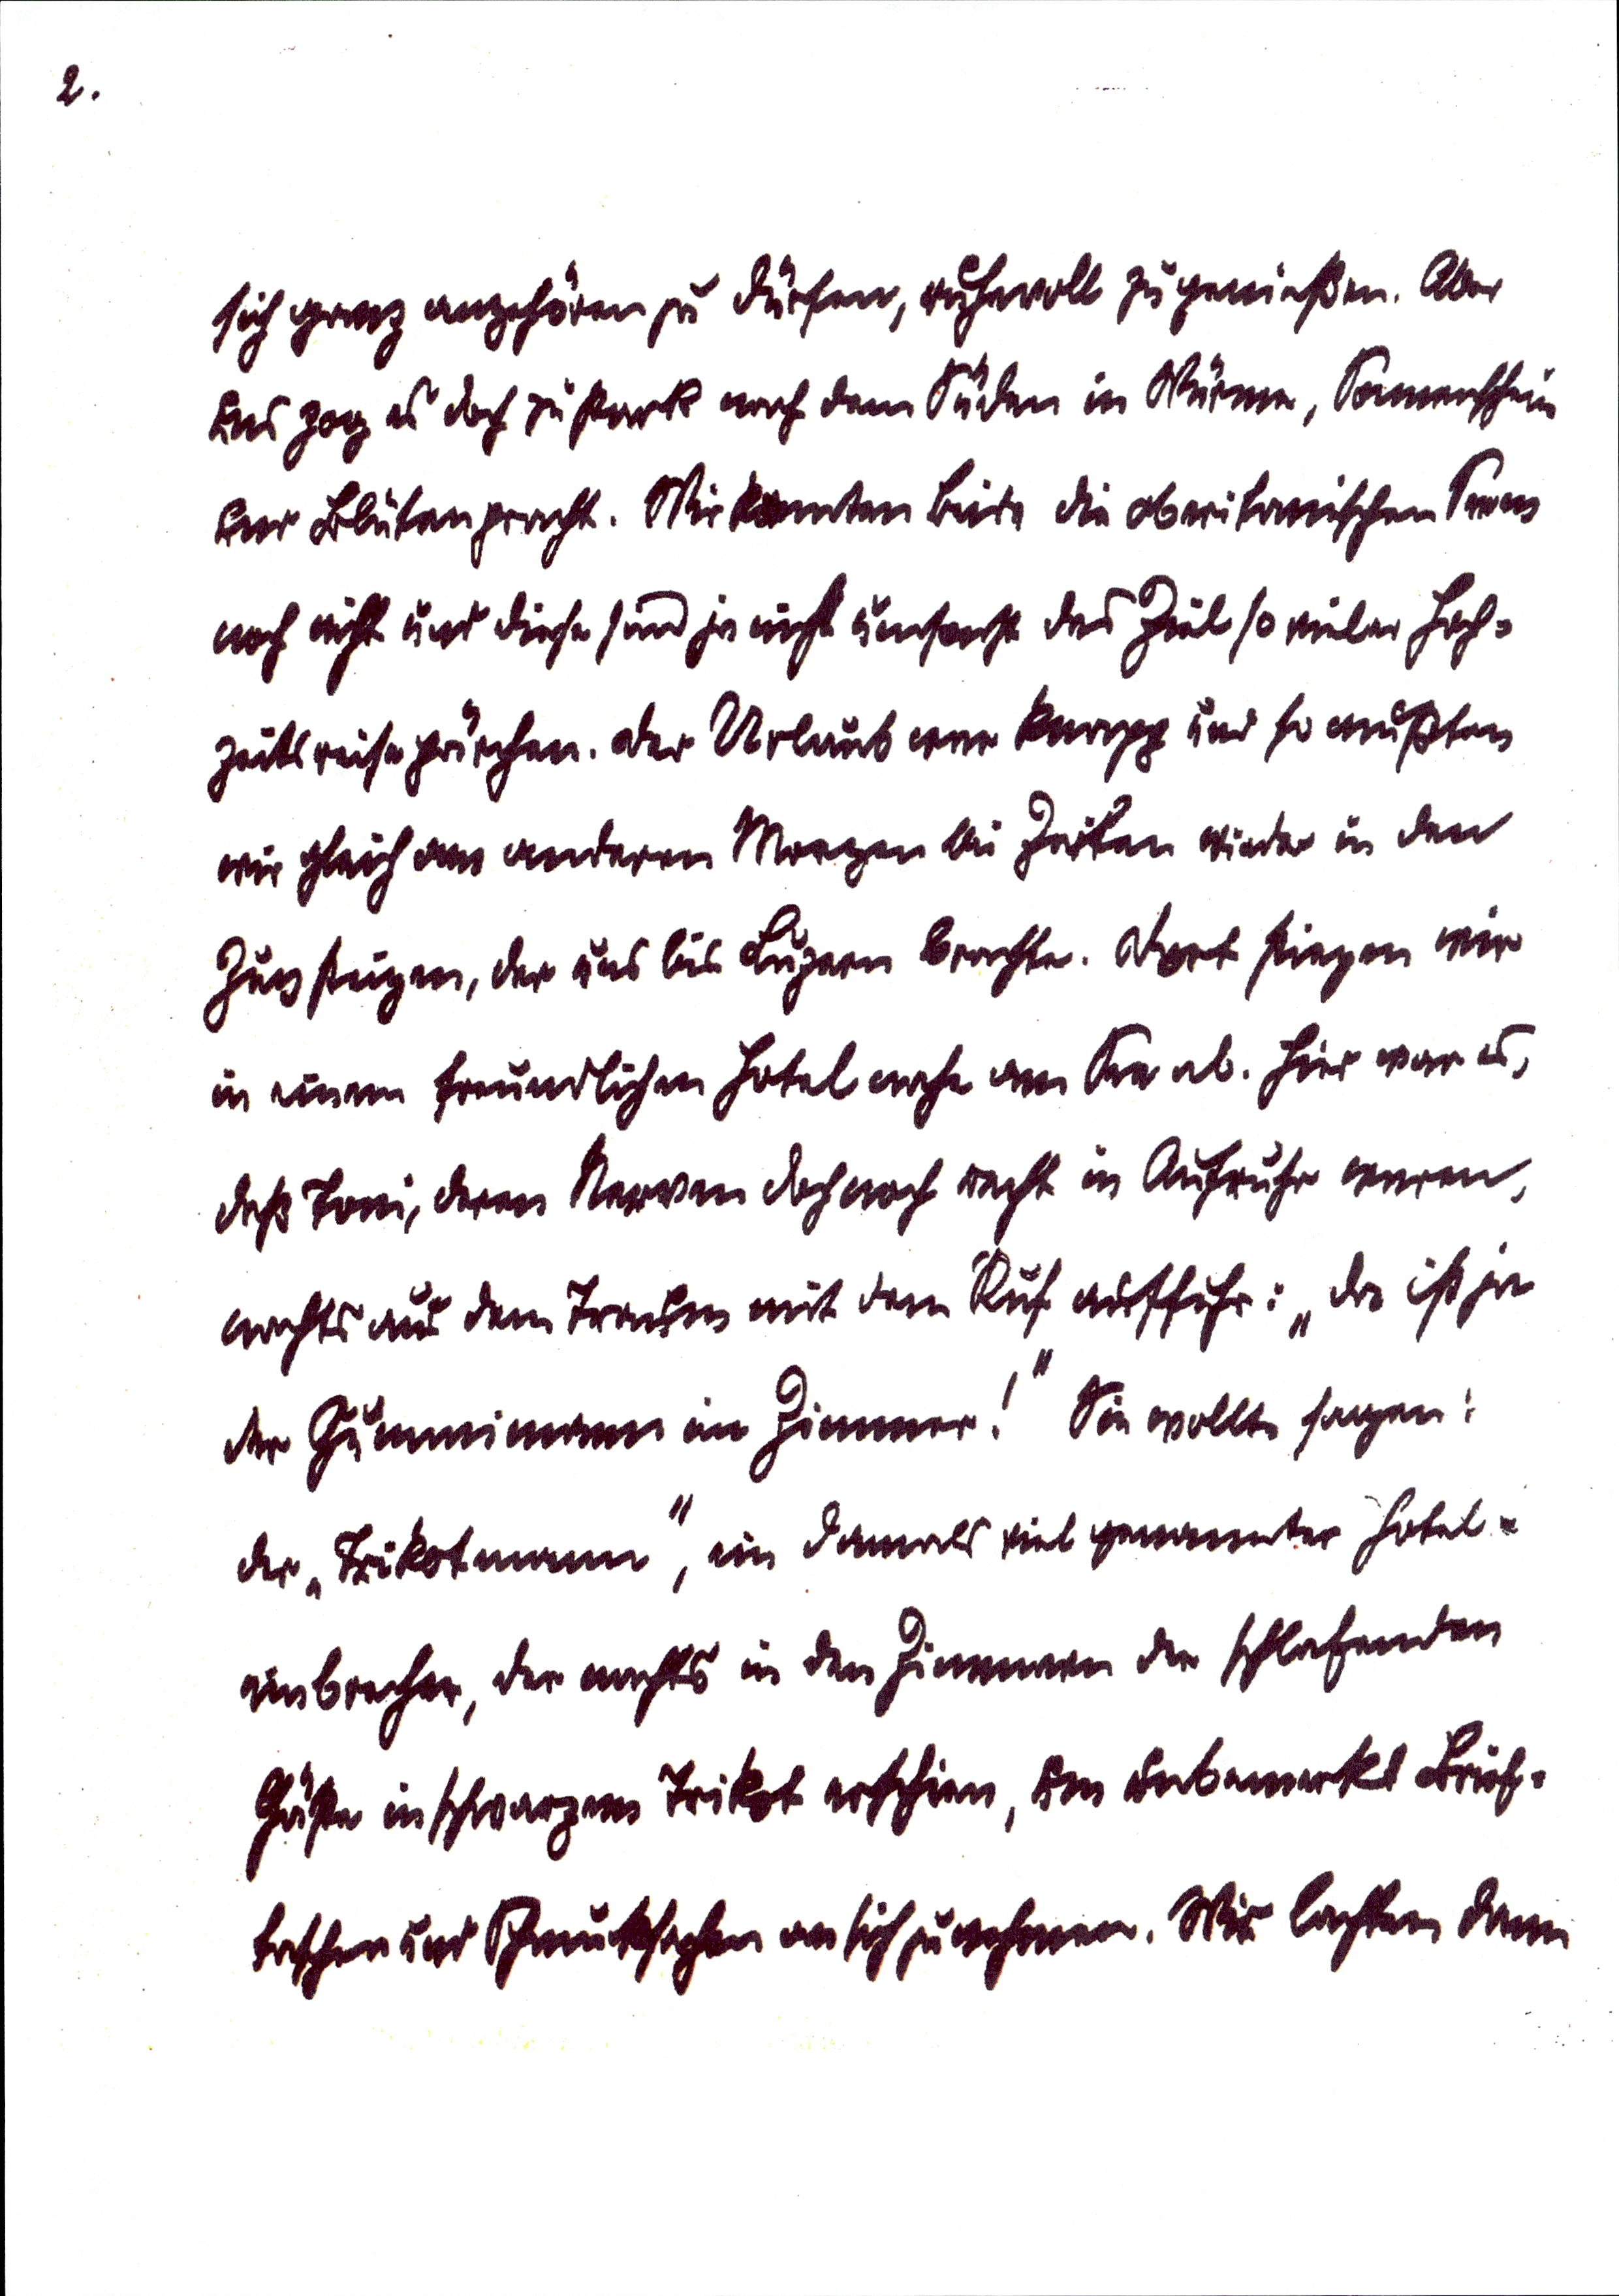
2.
sich ganz angehören zu dürfen, ruhevoll zu genießen. Aber
uns zog es doch zu stark nach dem Süden in Wärme, Sonnenschein
und Blütenpracht. Wir kannten beide die oberitanischen Seen
noch nicht und diese sind ja nicht umsonst das Ziel so vieler Hoch¬
zeitsreisepärchen. Der Urlaub war knapp und so mußten
wir gleich am anderen Morgen bei Zeiten wieder in den
Zug steigen, der uns bis Luzern brachte. Dort stiegen wir
in unsern freundlichen Hotel nahe am See ab. Hier war es,
daß Toni, deren Nerven doch noch recht in Aufruhr waren,
nachts aus dem Traum mit dem Ruf auffuhr: "Da ist ja
der Gummimann im Zimmer!" Sie wollte sagen:
der "Trikotmann", ein damals viel genannter Hotel¬
einbrecher, der nachts in den Zimmern der schlafenden
Gäste in schwarzem Trikot erschien, um unbemerkt Brief¬
taschen und Schmucksachen an sich zu nehmen. Wir lachten dann